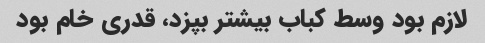
لازم بود وسط کباب بیشتر بپزد، قدری خام بود